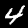
Digit: 4